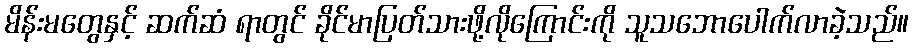
မိန်းမတွေနှင့် ဆက်ဆံ ရာတွင် ခိုင်မာပြတ်သားဖို့လိုကြောင်းကို သူသဘောပေါက်လာခဲ့သည်။